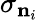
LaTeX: \sigma_{\mathbf{n}_{i}}